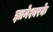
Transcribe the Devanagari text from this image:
ज्ञानेश्वरके